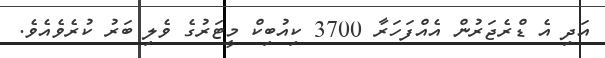
އަދި އެ ޑްރެޖަރުން އެއްފަހަރާ 3700 ކިއުބިކް މީޓަރުގެ ވެލި ބަރު ކުރެވެއެވެ.